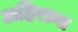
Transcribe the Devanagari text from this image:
अहिराना